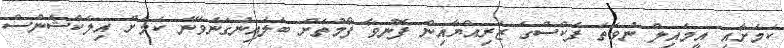
ކަމަށާއި އީމެއިލް ނުވަތަ ފެކްސްގެ ޒަރިއްޔާއިން ފޮނުވާ ފޯމުތަށް ބަލައިނުގަނެވޭނެ ކަމަށް އިލެކްޝަންސް